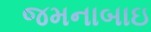
જમનાબાઇ